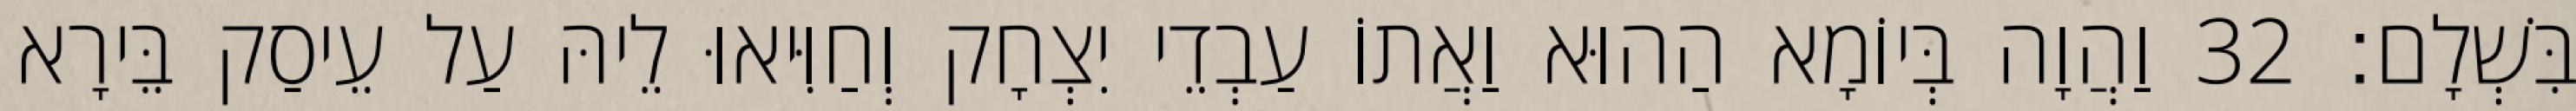
בִּשְׁלָם׃ 32 וַהֲוָה בְּיוֹמָא הַהוּא וַאֲתוֹ עַבְדֵי יִצְחָק וְחַוִּיאוּ לֵיהּ עַל עֵיסַק בֵּירָא